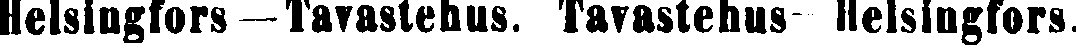
Helsingfors – Tavastehus. Tavastehus – Helsingfors.